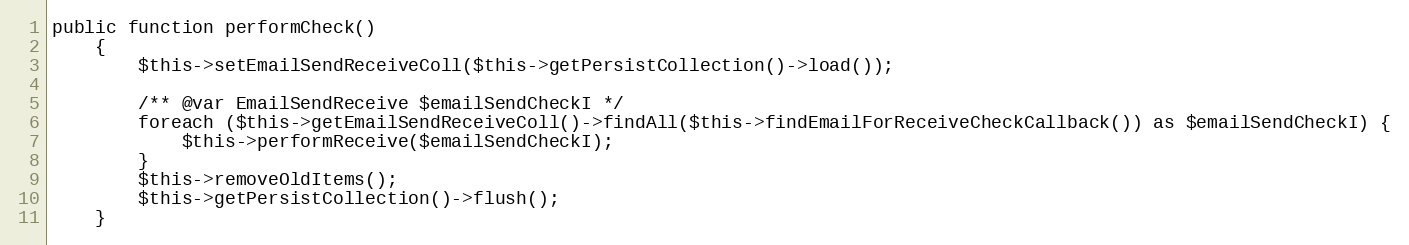
Language: PHP
public function performCheck()
    {
        $this->setEmailSendReceiveColl($this->getPersistCollection()->load());

        /** @var EmailSendReceive $emailSendCheckI */
        foreach ($this->getEmailSendReceiveColl()->findAll($this->findEmailForReceiveCheckCallback()) as $emailSendCheckI) {
            $this->performReceive($emailSendCheckI);
        }
        $this->removeOldItems();
        $this->getPersistCollection()->flush();
    }